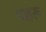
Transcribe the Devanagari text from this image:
पाहरू